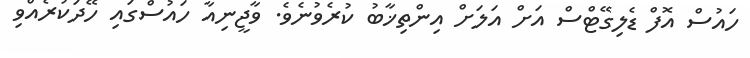
ހައުސް އޮފް ޑެލިގޭޓްސް އަށް އަލަށް އިންތިޚާބު ކުރެވުނެވެ. ވާޖީނިއާ ހައުސްގައި ހޭދަކުރެއްވި